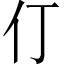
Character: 仃